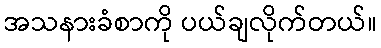
အသနားခံစာကို ပယ်ချလိုက်တယ်။